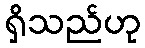
ရှိသည်ဟု